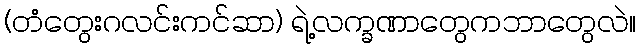
(တံတွေးဂလင်းကင်ဆာ) ရဲ့လက္ခဏာတွေကဘာတွေလဲ။